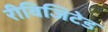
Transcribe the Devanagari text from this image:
रीविजिटेड